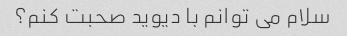
سلام می توانم با دیوید صحبت کنم؟